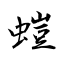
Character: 螘